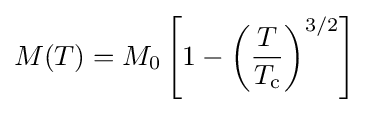
M(T)=M_{0}\left[1-\left({\frac {T}{T_{\text{c}}}}\right)^{3/2}\right]